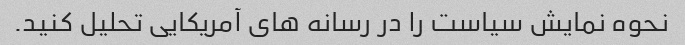
نحوه نمایش سیاست را در رسانه های آمریکایی تحلیل کنید.